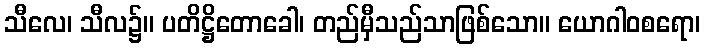
သီလေ၊ သီလ၌။ ပတိဋ္ဌိတောခေါ၊ တည်မှီသည်သာဖြစ်သော။ ယောဂါဝစရော၊